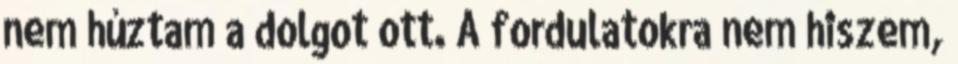
nem húztam a dolgot ott. A fordulatokra nem hiszem,